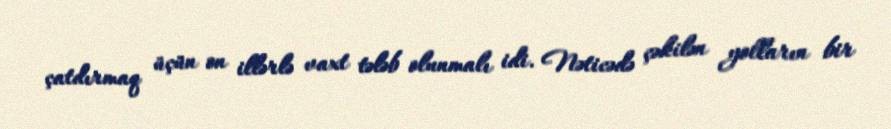
çatdırmaq üçün on illərlə vaxt tələb olunmalı idi. Nəticədə çəkilən yolların bir